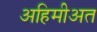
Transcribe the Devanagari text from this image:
अहिमीअत